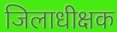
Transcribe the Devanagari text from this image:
जिलाधीक्षक